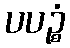
ပပဉ္စံ